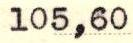
105,60